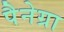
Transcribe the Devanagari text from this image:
पैनेग्रा